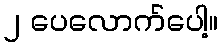
၂ ပေလောက်ပေါ့။